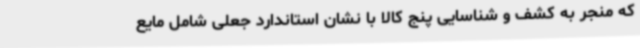
که منجر به کشف و شناسایی پنج کالا با نشان استاندارد جعلی شامل مایع